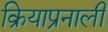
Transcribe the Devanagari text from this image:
क्रियाप्रनाली